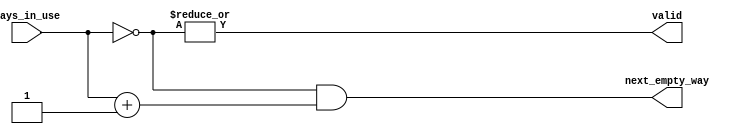
`timescale 1ns / 1ps
//////////////////////////////////////////////////////////////////////////////////
// Company: 
// Engineer: 
// 
// Design Name: 
// Module Name: empty_way_select
// Project Name: 
// Target Devices: 
// Tool Versions: 
// Description: 
// 
// Dependencies: 
// 
// Revision:
// Revision 0.01 - File Created
// Additional Comments:
// 
//////////////////////////////////////////////////////////////////////////////////


/** @module : empty_way_select
 *  @author : Adaptive & Secure Computing Systems (ASCS) Laboratory

 *  Copyright (c) 2019 BRISC-V (ASCS/ECE/BU)
 *  Permission is hereby granted, free of charge, to any person obtaining a copy
 *  of this software and associated documentation files (the "Software"), to deal
 *  in the Software without restriction, including without limitation the rights
 *  to use, copy, modify, merge, publish, distribute, sublicense, and/or sell
 *  copies of the Software, and to permit persons to whom the Software is
 *  furnished to do so, subject to the following conditions:
 *  The above copyright notice and this permission notice shall be included in
 *  all copies or substantial portions of the Software.

 *  THE SOFTWARE IS PROVIDED "AS IS", WITHOUT WARRANTY OF ANY KIND, EXPRESS OR
 *  IMPLIED, INCLUDING BUT NOT LIMITED TO THE WARRANTIES OF MERCHANTABILITY,
 *  FITNESS FOR A PARTICULAR PURPOSE AND NONINFRINGEMENT. IN NO EVENT SHALL THE
 *  AUTHORS OR COPYRIGHT HOLDERS BE LIABLE FOR ANY CLAIM, DAMAGES OR OTHER
 *  LIABILITY, WHETHER IN AN ACTION OF CONTRACT, TORT OR OTHERWISE, ARISING FROM,
 *  OUT OF OR IN CONNECTION WITH THE SOFTWARE OR THE USE OR OTHER DEALINGS IN
 *  THE SOFTWARE.
 */

module empty_way_select #(
  parameter NUMBER_OF_WAYS = 4
) (
  ways_in_use,
  next_empty_way,
  valid
);

//define the log2 function
function integer log2;
input integer value;
begin
  value = value-1;
  for(log2=0; value>0; log2=log2+1)
    value = value>>1;
  end
endfunction


input [NUMBER_OF_WAYS-1:0]     ways_in_use;
output [NUMBER_OF_WAYS-1:0] next_empty_way;
output valid;

wire [NUMBER_OF_WAYS-1:0] invert, plusone;

assign invert         =     ~ways_in_use;
assign plusone        =  ways_in_use + 1;
assign next_empty_way = invert & plusone;
assign valid          =          |invert;

endmodule